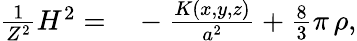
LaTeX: \begin{array}{rl}{\frac{1}{Z^{2}}H^{2}=}&{{}-\frac{K\left(x,y,z\right)}{a^{2}}+\frac{8}{3}\pi\, \rho,}\end{array}